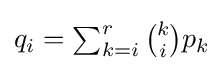
{\textstyle q_{i}=\sum _{k=i}^{r}{\binom {k}{i}}p_{k}}